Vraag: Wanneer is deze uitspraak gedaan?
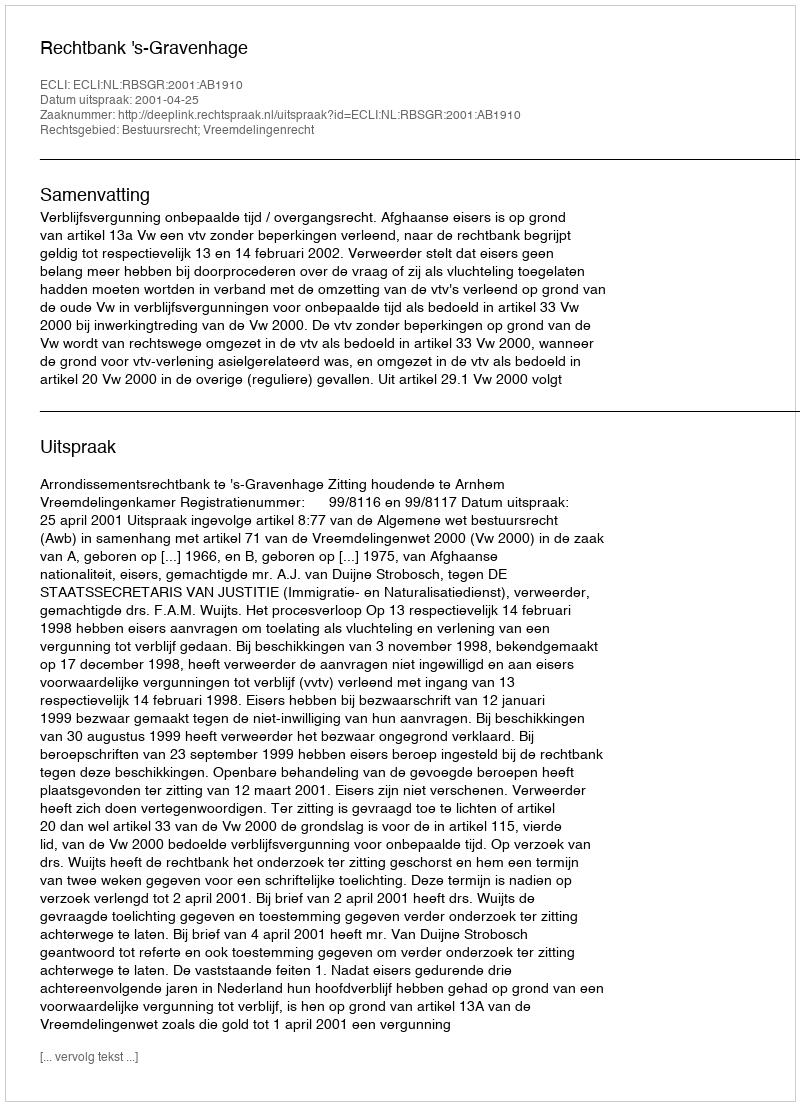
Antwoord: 2001-04-25